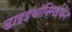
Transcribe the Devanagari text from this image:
डाइइथॉक्सिईथेन